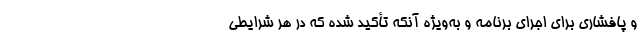
و پافشاری برای اجرای برنامه و به‌ویژه آنکه تأکید شده که در هر شرایطی